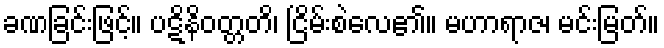
ခဏခြင်းဖြင့်။ ပဋိနိဝတ္တတိ၊ ငြိမ်းစဲလေ၏။ မဟာရာဇ၊ မင်းမြတ်။